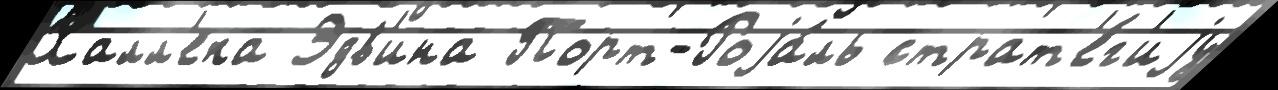
Халл'ека Эдв'ина Порт-Роjа́ль страт'е́г'иjу